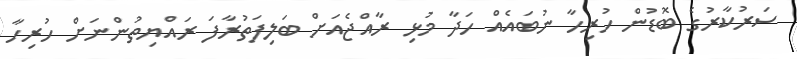
ސަރުކާރުގެ ބޮޑުން ހުރިހާ ނުބައެއް ހަދާ މުޅި ރާއްޖެއަށް ބަލިފަތުރާފަ ރައްޔިތުންނަށް ހުރިހާ